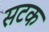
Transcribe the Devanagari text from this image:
सटक